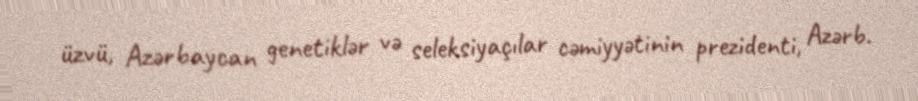
üzvü, Azərbaycan genetiklər və seleksiyaçılar cəmiyyətinin prezidenti, Azərb.